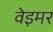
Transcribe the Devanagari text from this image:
वेइमर